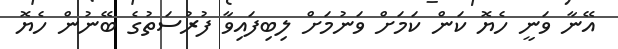
އޭނާ ވަނީ ހެޔޮ ކަން ކަމަށް ވަނުމަށް ލިބިފައިވާ ފުރުސަތުގެ ބޭނުން ހެޔޮ